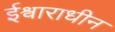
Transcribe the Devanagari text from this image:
ईश्वाराधीन